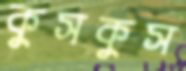
কুসকুস